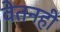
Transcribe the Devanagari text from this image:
वेतनही